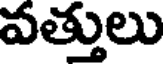
వత్తులు